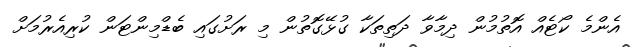
އެންމެ ކޯޓެއް އޮތުމުން ދިމާވާ ދަތިތަކާ ގުޅޭގޮތުން މި ރަށުގައި ބެޑްމިންޓަން ކުރިއެރުމަށް